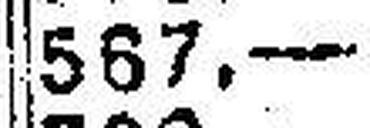
567.—